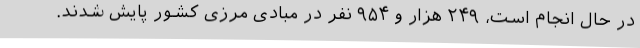
در حال انجام است، ۲۴۹ هزار و ۹۵۴ نفر در مبادی مرزی کشور پایش شدند.